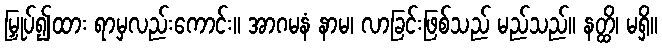
မြှုပ်၍ထား ရာမှလည်းကောင်း။ အာဂမနံ နာမ၊ လာခြင်းဖြစ်သည် မည်သည်။ နတ္ထိ၊ မရှိ။